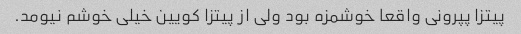
پیتزا پپرونی واقعا خوشمزه بود ولی از پیتزا کویین خیلی خوشم نیومد.